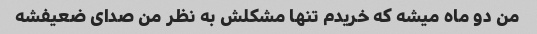
من دو ماه میشه که خریدم تنها مشکلش به نظر من صدای ضعیفشه